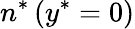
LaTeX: {{n}^{*}}\left({{y}^{*}}=0\right)